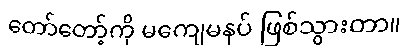
တော်တော့်ကို မကျေမနပ် ဖြစ်သွားတာ။